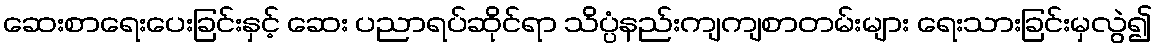
ဆေးစာရေးပေးခြင်းနှင့် ဆေး ပညာရပ်ဆိုင်ရာ သိပ္ပံနည်းကျကျစာတမ်းများ ရေးသားခြင်းမှလွဲ၍